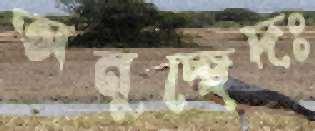
অনুচ্ছেদঃ